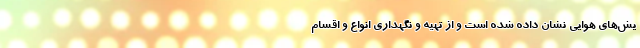
یش‌های هوایی نشان داده شده است و از تهیه و نگهداری انواع و اقسام